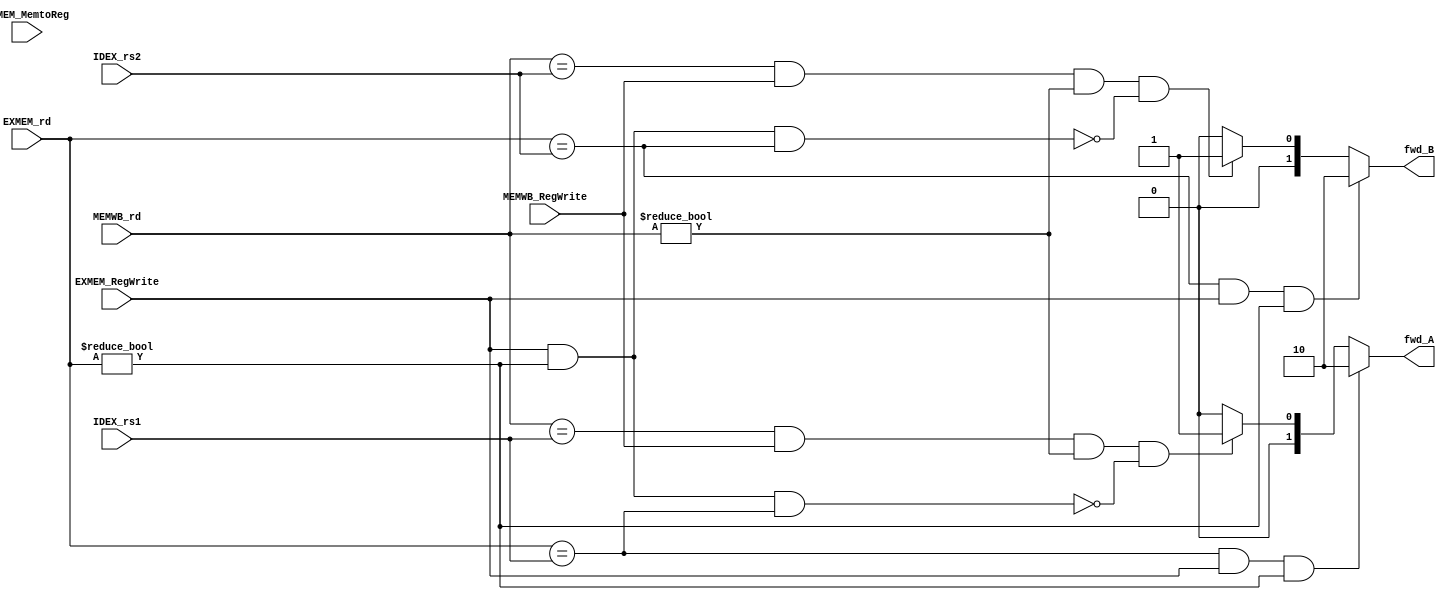
module Forwarding_Unit
(
    input [4:0] EXMEM_rd, MEMWB_rd,
    input [4:0] IDEX_rs1, IDEX_rs2,
    input EXMEM_RegWrite, EXMEM_MemtoReg,
    input MEMWB_RegWrite,

    output reg [1:0] fwd_A, fwd_B
);



always @(*) begin

    if (EXMEM_rd == IDEX_rs1 && EXMEM_RegWrite && EXMEM_rd != 0) 
        begin
            fwd_A = 2'b10;
        end
    
    else if (((MEMWB_rd == IDEX_rs1) && MEMWB_RegWrite && (MEMWB_rd != 0)) 
            &&
            !(EXMEM_RegWrite && (EXMEM_rd != 0) && (EXMEM_rd == IDEX_rs1)))
        begin
            fwd_A = 2'b01;
        end
    
    else
        begin
            fwd_A = 2'b00;
        end
    
    
    if ((EXMEM_rd == IDEX_rs2) && (EXMEM_RegWrite) && (EXMEM_rd != 0))
        begin
            fwd_B = 2'b10;
        end
    
    else if (((MEMWB_rd == IDEX_rs2) && (MEMWB_RegWrite == 1) && (MEMWB_rd != 0)) 
            &&
            !(EXMEM_RegWrite && (EXMEM_rd != 0) && (EXMEM_rd == IDEX_rs2)
            ))
        begin
            fwd_B = 2'b01;
        end
    
    else 
        begin
            fwd_B = 2'b00;
        end
end

endmodule